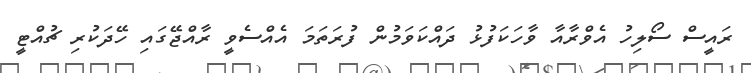
ރައީސް ސޯލިހު އެވްރާއާ ވާހަކަފުޅު ދައްކަވަމުން ފުރަތަމަ އެއްސެވީ ރާއްޖޭގައި ހޭދަކުރި ޗުއްޓީ